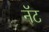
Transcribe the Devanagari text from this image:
नॅट